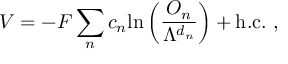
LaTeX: V = - F \sum _ { n } c _ { n } \mathrm { l n } \left( \frac { { \cal O } _ { n } } { \Lambda ^ { d _ { n } } } \right) + \mathrm { h . c . } \ ,